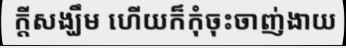
ក្តីសង្ឃឹម ហើយក៏កុំចុះចាញ់ងាយ